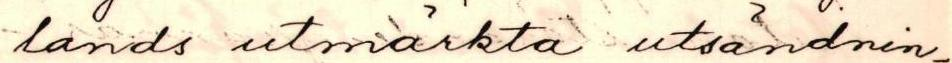
lands utmärkta utsändnin-